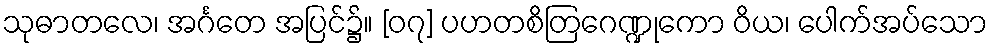
သုဓာတလေ၊ အင်္ဂတေ အပြင်၌။ [၀၇] ပဟတစိတြဂေဏ္ဍုကော ဝိယ၊ ပေါက်အပ်သော